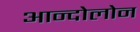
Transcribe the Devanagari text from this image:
आन्दोलोन